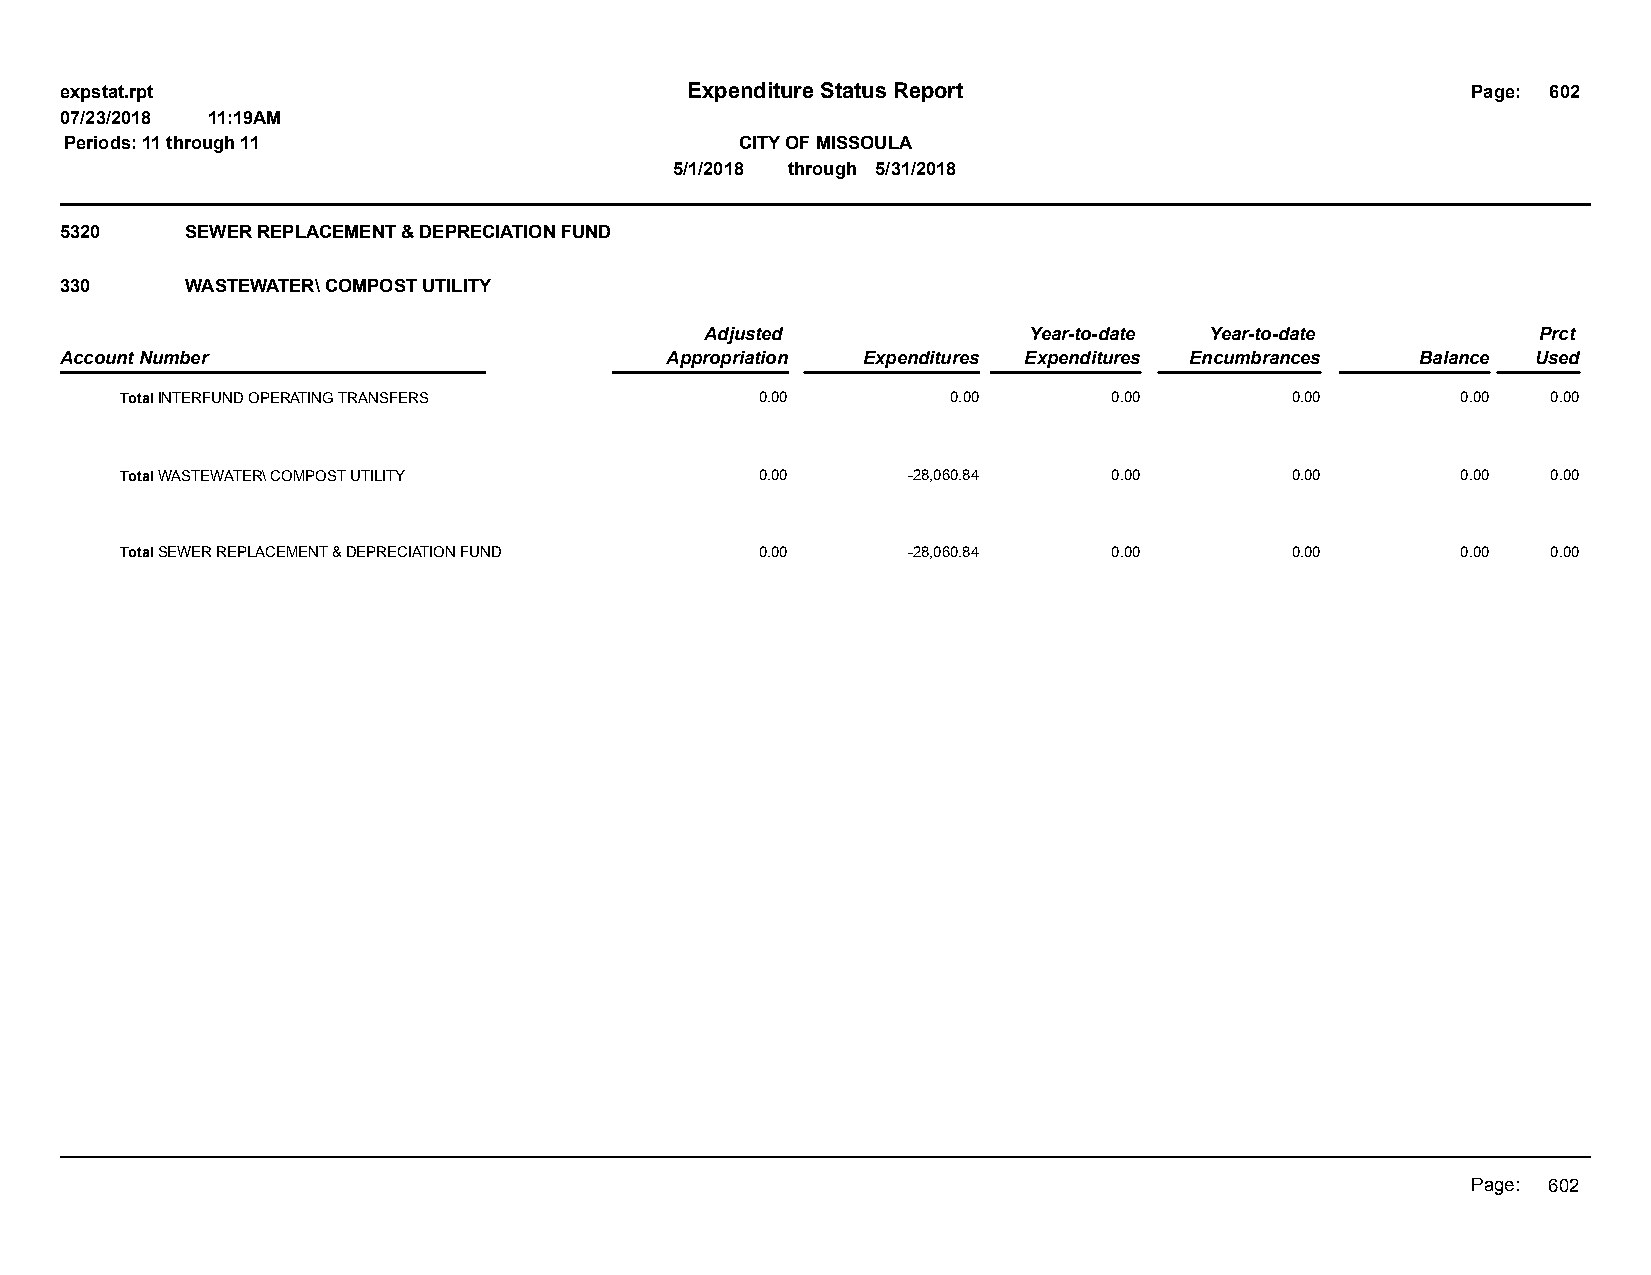
expstat.rpt                              Expenditure Status Report                           Page: 602
 07/23/2018 11:19AM
 Periods: 11 through 11                       CITY OF MISSOULA
 5/1/2018 through 5/31/2018
 5320    SEWER REPLACEMENT & DEPRECIATION FUND
 330     WASTEWATER\ COMPOST UTILITY
 Adjusted             Year-to-date Year-to-date         Prct
 Account Number                          Appropriation Expenditures Expenditures Encumbrances Balance Used
 Total INTERFUND OPERATING TRANSFERS       0.00         0.00       0.00       0.00        0.00  0.00
 Total WASTEWATER\ COMPOST UTILITY         0.00      -28,060.84    0.00       0.00        0.00  0.00
 Total SEWER REPLACEMENT & DEPRECIATION FUND 0.00    -28,060.84    0.00       0.00        0.00  0.00
 Page: 602